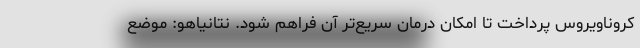
کروناویروس پرداخت تا امکان درمان سریع‌تر آن فراهم شود. نتانیاهو: موضع